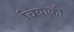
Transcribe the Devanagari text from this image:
चियांकी